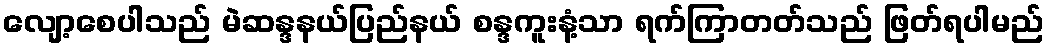
လျော့စေပါသည် မဲဆန္ဒနယ်ပြည်နယ် စန္ဒကူးနံ့သာ ရက်ကြာတတ်သည် ဖြတ်ရပါမည်